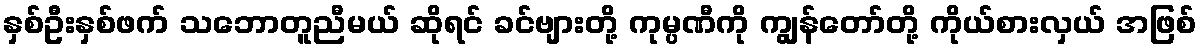
နှစ်ဦးနှစ်ဖက် သဘောတူညီမယ် ဆိုရင် ခင်ဗျားတို့ ကုမ္ပဏီကို ကျွန်တော်တို့ ကိုယ်စားလှယ် အဖြစ်